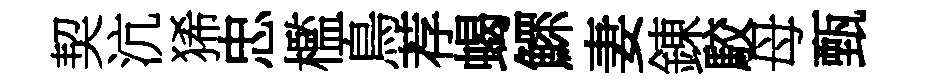
契沆狶忠檻鳥荐蝎鰥妻錬駮母甄